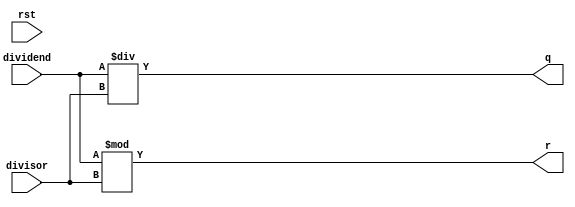
`timescale 1ns / 1ps
module DIV(
    input rst,
    input [31:0] dividend,
    input [31:0] divisor,
    output [31:0] q,
    output [31:0] r
);
    assign q=$signed(dividend)/$signed(divisor);
    assign r=$signed(dividend)%$signed(divisor);

endmodule